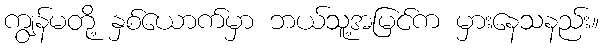
ကျွန်မတို့ နှစ်ယောက်မှာ ဘယ်သူ့အမြင်က မှားနေသနည်း။